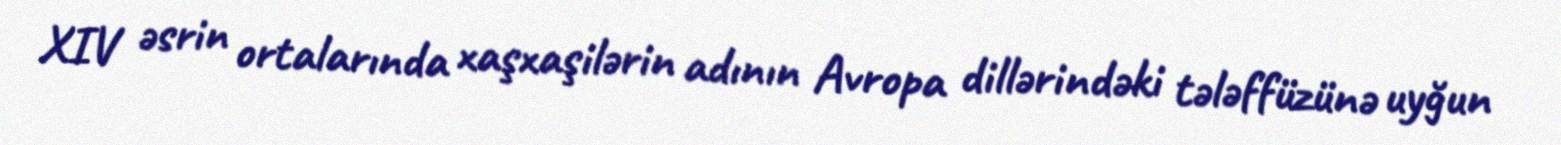
XIV əsrin ortalarında xaşxaşilərin adının Avropa dillərindəki tələffüzünə uyğun